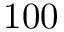
1 0 0